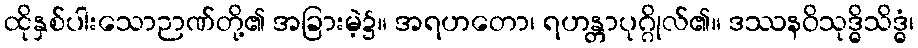
ထိုနှစ်ပါးသောဉာဏ်တို့၏ အခြားမဲ့၌။ အရဟတော၊ ရဟန္တာပုဂ္ဂိုလ်၏။ ဒဿနဝိသုဒ္ဓိသိဒ္ဓံ၊